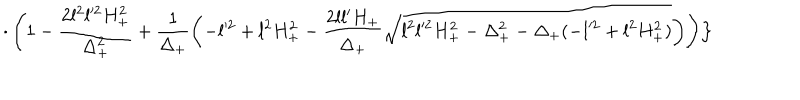
\cdot \left( 1 - \frac { 2 l ^ { 2 } l ^ { 2 } H _ { + } ^ { 2 } } { \Delta _ { + } ^ { 2 } } + \frac { 1 } { \Delta _ { + } } \left( - l ^ { 2 } + l ^ { 2 } H _ { + } ^ { 2 } - \frac { 2 l l ^ { \prime } H _ { + } } { \Delta _ { + } } \sqrt { l ^ { 2 } l ^ { 2 } H _ { + } ^ { 2 } - \Delta _ { + } ^ { 2 } - \Delta _ { + } ( - l ^ { 2 } + l ^ { 2 } H _ { + } ^ { 2 } ) } \right) \right) \Bigr \}